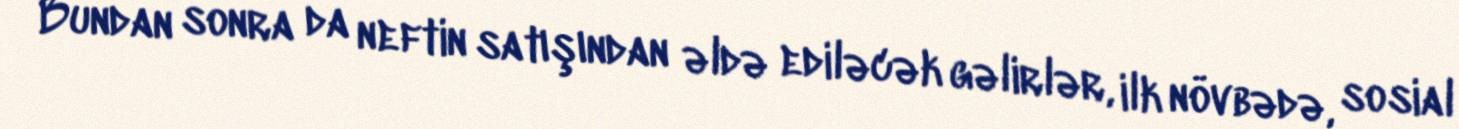
Bundan sonra da neftin satışından əldə ediləcək gəlirlər, ilk növbədə, sosial